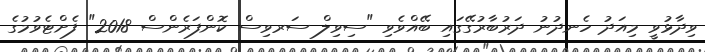
ވިދާޅުވީ މިއަދު ހެނދުނު ދަރުބާރުގޭގައި ބޭއްވެވި "ސިވިލް ސަރވިސް ކޮންފަރެންސް 2018" ފެށްޓެވުމުގެ